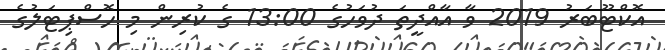
އޮކްޓޫބަރު 2019 ވާ އާއްދީތަ ދުވަހުގެ 13:00 ގެ ކުރިން މި ހޮސްޕިޓަލުގެ